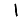
Digit: 1